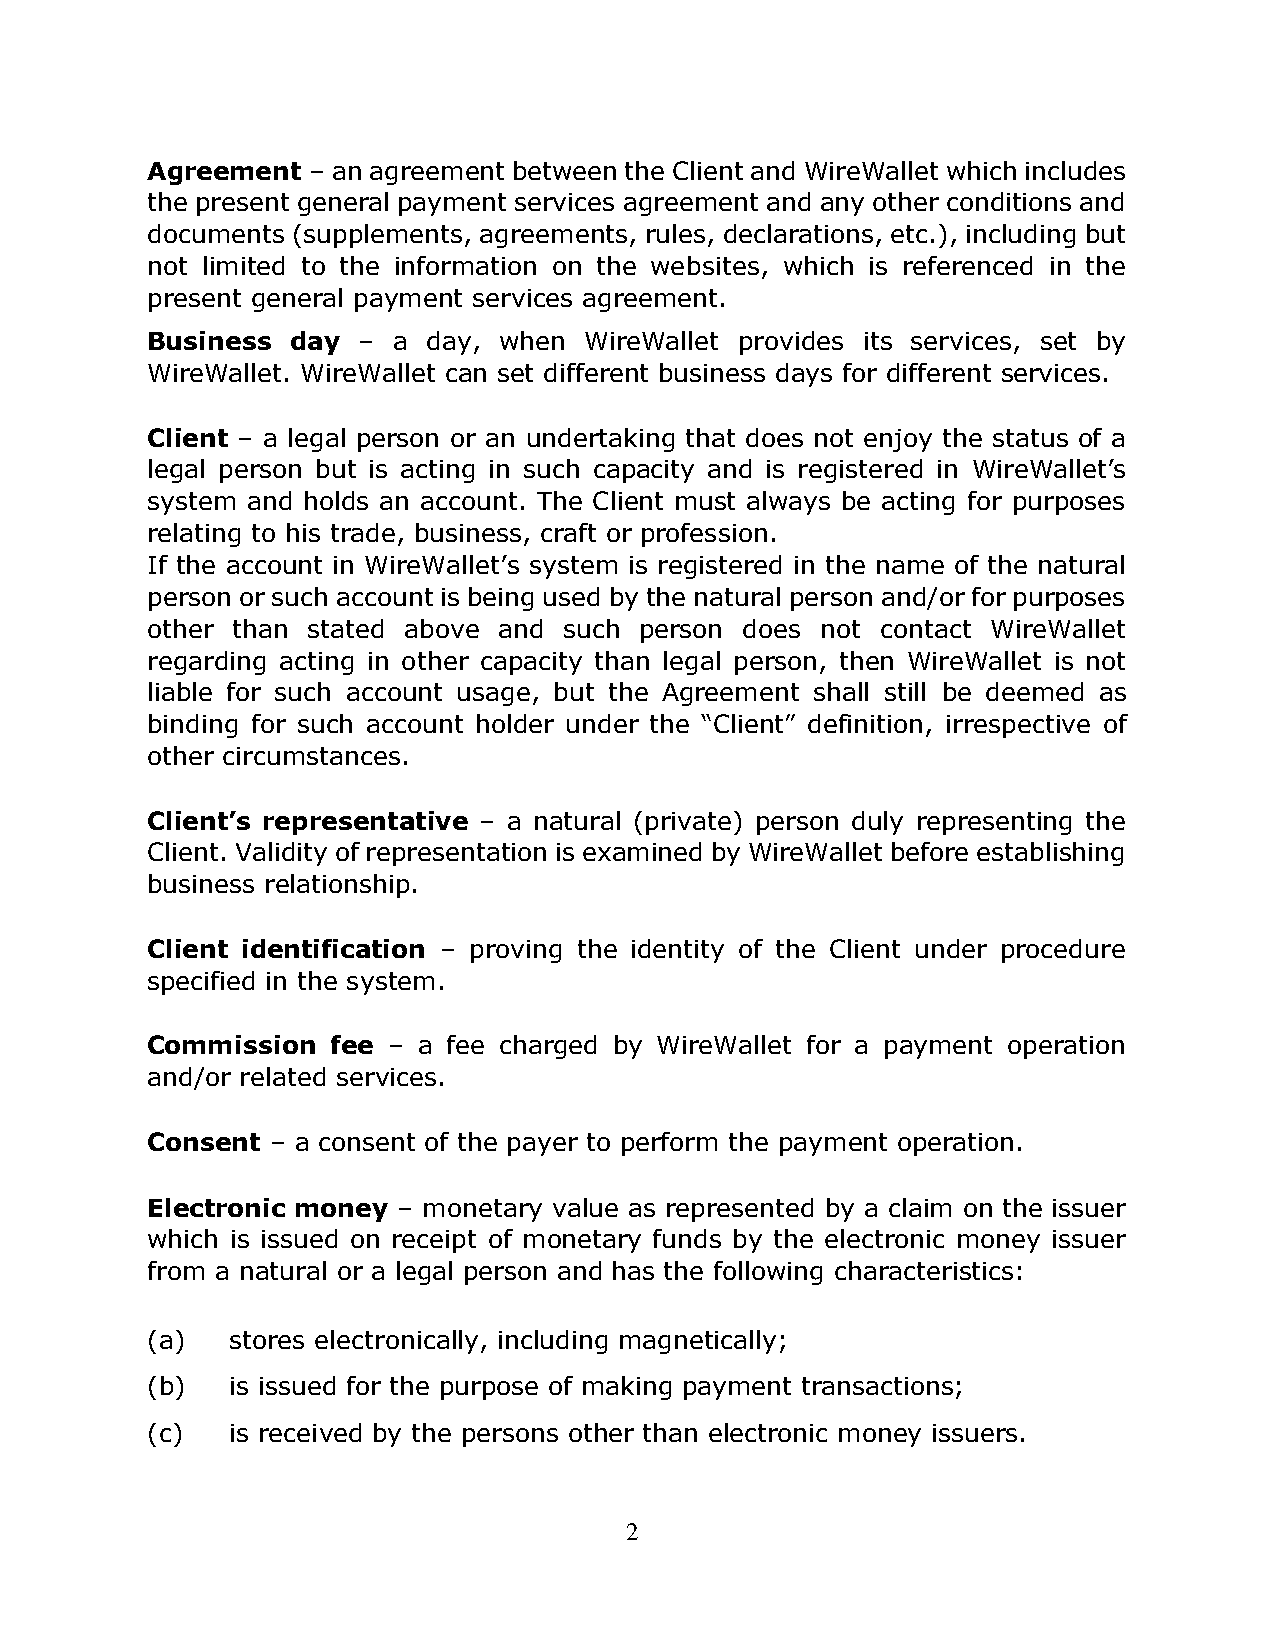
Agreement – an agreement between the Client and WireWallet which includes
 the present general payment services agreement and any other conditions and
 documents (supplements, agreements, rules, declarations, etc.), including but
 not limited to the information on the websites, which is referenced in the
 present general payment services agreement.
 Business day  – a day, when  WireWallet provides its services, set by
 WireWallet. WireWallet can set different business days for different services.
 Client – a legal person or an undertaking that does not enjoy the status of a
 legal person but is acting in such capacity and is registered in WireWallet’s
 system and holds an account. The Client must always be acting for purposes
 relating to his trade, business, craft or profession.
 If the account in WireWallet’s system is registered in the name of the natural
 person or such account is being used by the natural person and/or for purposes
 other than stated above and such person does not contact WireWallet
 regarding acting in other capacity than legal person, then WireWallet is not
 liable for such account usage, but the Agreement shall still be deemed as
 binding for such account holder under the “Client” definition, irrespective of
 other circumstances.
 Client’s representative – a natural (private) person duly representing the
 Client. Validity of representation is examined by WireWallet before establishing
 business relationship.
 Client identification – proving the identity of the Client under procedure
 specified in the system.
 Commission  fee – a fee charged by WireWallet for a payment operation
 and/or related services.
 Consent – a consent of the payer to perform the payment operation.
 Electronic money – monetary value as represented by a claim on the issuer
 which is issued on receipt of monetary funds by the electronic money issuer
 from a natural or a legal person and has the following characteristics:
 (a)  stores electronically, including magnetically;
 (b)  is issued for the purpose of making payment transactions;
 (c)  is received by the persons other than electronic money issuers.
 2